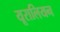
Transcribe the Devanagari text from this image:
यूरालियन